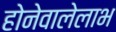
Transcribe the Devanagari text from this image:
होनेवालेलाभ